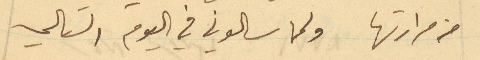
من مرارتها ولما سالوني في اليوم التالي